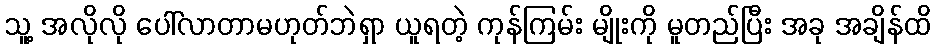
သူ့ အလိုလို ပေါ်လာတာမဟုတ်ဘဲရှာ ယူရတဲ့ ကုန်ကြမ်း မျိုးကို မူတည်ပြီး အခု အချိန်ထိ